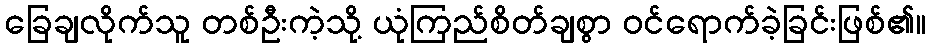
ခြေချလိုက်သူ တစ်ဦးကဲ့သို့ ယုံကြည်စိတ်ချစွာ ဝင်ရောက်ခဲ့ခြင်းဖြစ်၏။